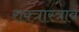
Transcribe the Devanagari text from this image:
राक्त्रास्त्राव